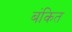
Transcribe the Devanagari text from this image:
बंकित